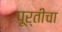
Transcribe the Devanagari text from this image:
पूर्तीचा